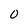
Character: O